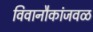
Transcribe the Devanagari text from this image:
विवानौकांजवळ